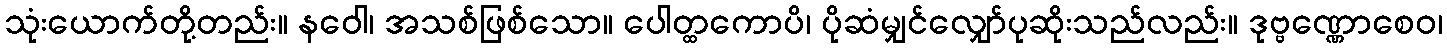
သုံးယောက်တို့တည်း။ နဝေါ၊ အသစ်ဖြစ်သော။ ပေါတ္ထကောပိ၊ ပိုဆံမျှင်လျှော်ပုဆိုးသည်လည်း။ ဒုဗ္ဗဏ္ဏောစေဝ၊